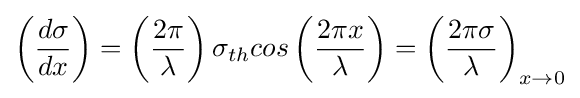
\left({\frac {d\sigma }{dx}}\right)=\left({\frac {2\pi }{\lambda }}\right)\sigma _{th}cos\left({\frac {2\pi x}{\lambda }}\right)=\left({\frac {2\pi \sigma }{\lambda }}\right)_{x\rightarrow 0}